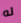
له